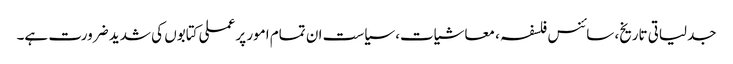
جدلیاتی تاریخ، سائنس فلسفہ ، معاشیات، سیاست ان تمام امور پر عملی کتابوں کی شدید ضرورت ہے۔